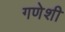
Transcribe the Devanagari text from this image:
गणेशी